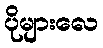
ပိုများလေ